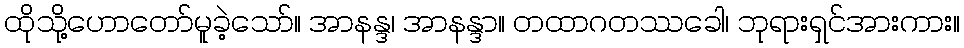
ထိုသို့ဟောတော်မူခဲ့သော်။ အာနန္ဒ၊ အာနန္ဒာ။ တထာဂတဿခေါ၊ ဘုရားရှင်အားကား။